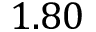
1 . 8 0